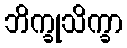
ဘိက္ခုသိက္ခာ